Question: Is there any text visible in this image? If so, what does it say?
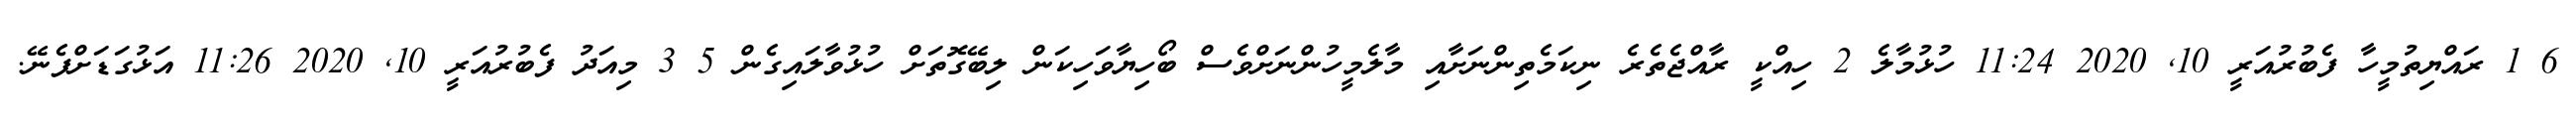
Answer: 6 1 ރައްޔިތުމީހާ ފެބުރުއަރީ 10, 2020 11:24 ހުޅުމާލެ 2 ހިއްކީ ރާއްޖެތެރެ ނިކަމެތިންނަށާއި މާލެމީހުންނަށްވެސް ބޯހިޔާވަހިކަން ލިބޭގޮތަށް ހުޅުވާލައިގެން 5 3 މިއަދު ފެބުރުއަރީ 10, 2020 11:26 އަޅުގަޑަށްފެނޭ.